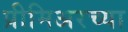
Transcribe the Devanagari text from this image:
प्रीमिअरच्या